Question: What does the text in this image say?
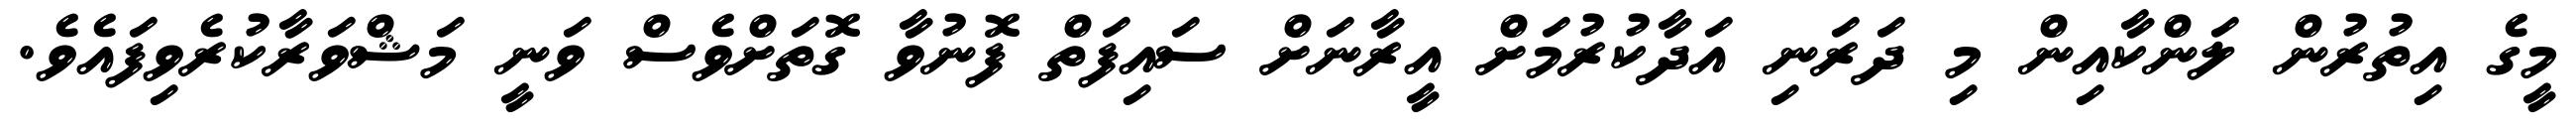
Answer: މީގެ އިތުރުން ލަންކާއިން މި ދަރަނި އަދާކުރުމަށް އީރާނަށް ސައިފަތް ފޮނުވާ ގޮތަށްވެސް ވަނީ މަޝްވަރާކުރެވިފައެވެ.